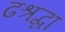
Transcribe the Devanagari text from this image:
ढश्रद्धा